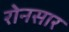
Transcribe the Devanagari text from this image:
रोनसार